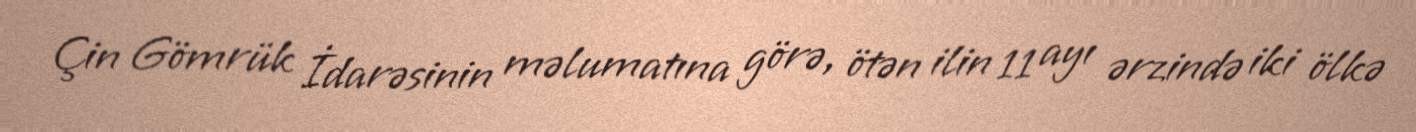
Çin Gömrük İdarəsinin məlumatına görə, ötən ilin 11 ayı ərzində iki ölkə